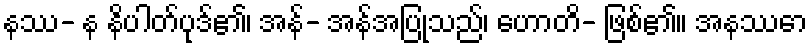
နဿ- န နိပါတ်ပုဒ်၏၊ အန်- အန်အပြုသည်၊ ဟောတိ- ဖြစ်၏။ အနဿော